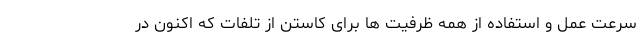
سرعت عمل و استفاده از همه ظرفیت ها برای کاستن از تلفات که اکنون در